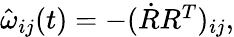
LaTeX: \begin{array}{r}{\hat{\omega}_{ij}(t)=-(\dot{R}R^{T})_{ij},}\end{array}